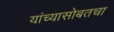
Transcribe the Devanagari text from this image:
यांच्यासोबतचा